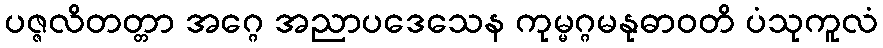
ပဇ္ဇလိတတ္တာ အဂ္ဂေ အညာပဒေသေန ကုမ္မဂ္ဂမနုဓာဝတိ ပံသုကူလံ